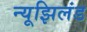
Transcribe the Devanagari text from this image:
न्यूझिलंड